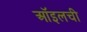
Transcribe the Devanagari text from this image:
ऑइलची